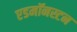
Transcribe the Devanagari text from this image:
एडमॉनस्टन